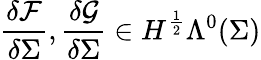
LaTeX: \frac{\delta\mathcal{F}}{\delta\Sigma},\frac{\delta\mathcal{G}}{\delta\Sigma}\in H^{\frac{1}{2}}\Lambda^{0}(\Sigma)